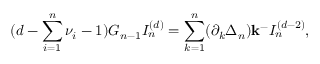
( d - \sum _ { i = 1 } ^ { n } \nu _ { i } - 1 ) G _ { n - 1 } I _ { n } ^ { ( d ) } = \sum _ { k = 1 } ^ { n } ( \partial _ { k } \Delta _ { n } ) { \bf k ^ { - } } I _ { n } ^ { ( d - 2 ) } ,